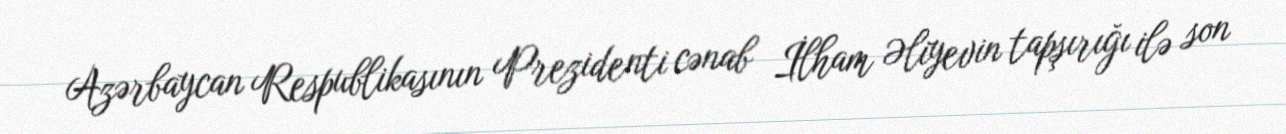
Azərbaycan Respublikasının Prezidenti cənab İlham Əliyevin tapşırığı ilə son